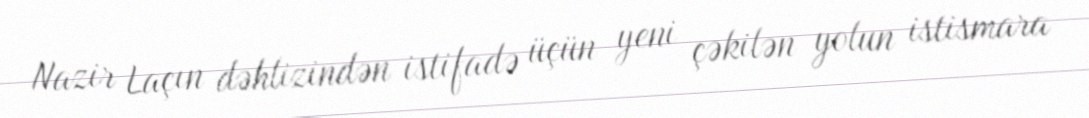
Nazir Laçın dəhlizindən istifadə üçün yeni çəkilən yolun istismara